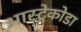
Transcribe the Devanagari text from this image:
आस्ट्रेकोडा